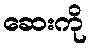
ဆေးကို